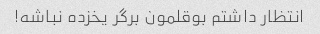
انتظار داشتم بوقلمون برگر یخزده نباشه!